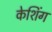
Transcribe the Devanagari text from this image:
केशिंग